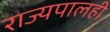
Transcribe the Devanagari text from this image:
राज्यपालही